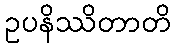
ဥပနိဿိတာတိ